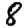
Digit: 8